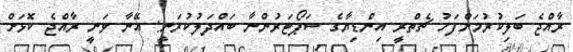
ރާއްޖެ ބަލިކުރުމަށްފަހު ޗެތްރީ އިންޑިޔާގެ ސަޕޯޓަރުންނާ ބައްދަލުކުރަނީ: އޭނާ ވަނީ ރާއްޖެ ކޮޅަށް